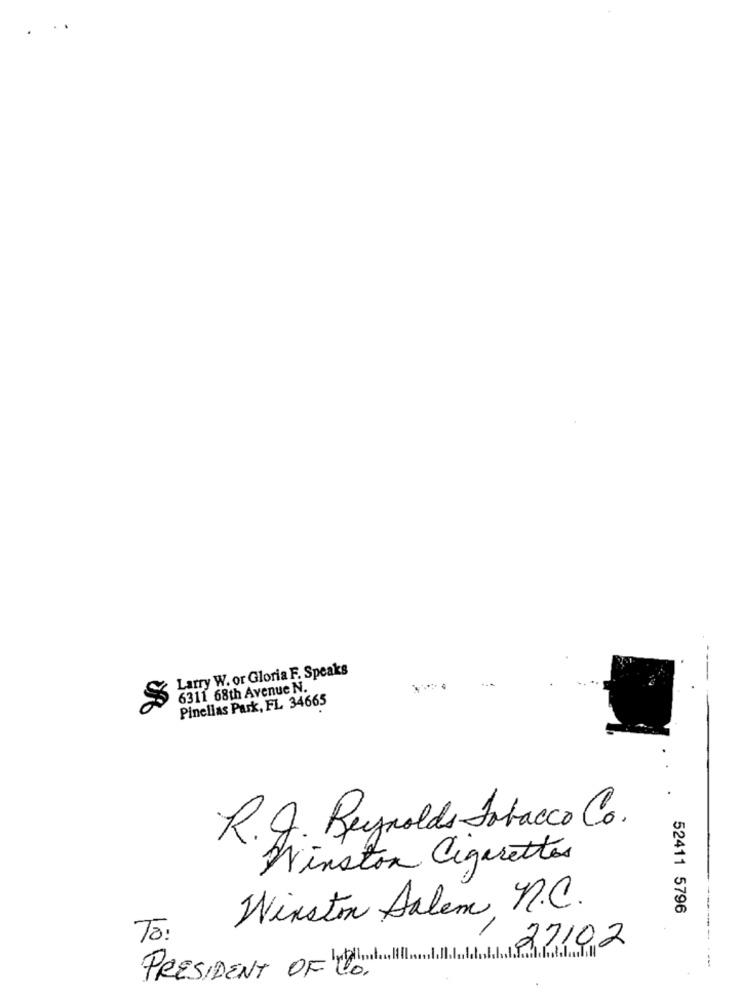
Larry W. or Gloria F. Speaks
6311 68th Avenue N.
Pinellas Park, FL 34665
R.J. Reynolds Tobacco Co.
Winston Cigarettes
Winston Salem n.C.
52411 5796
To:
27102
PRESIDENT OF "O"